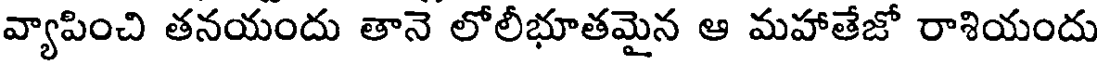
వ్యాపించి తనయందు తానె లోలీభూతమైన ఆ మహాతేజో రాశియందు